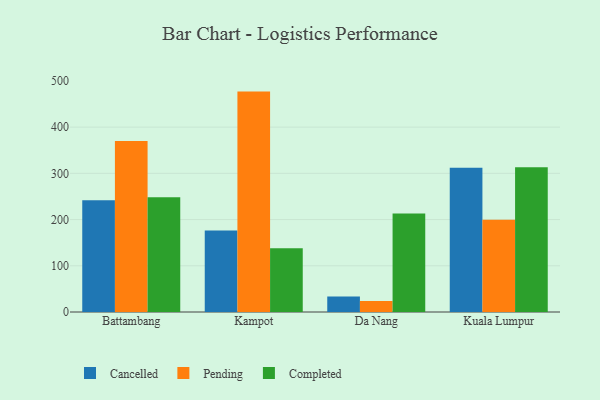
{"axis": {"x": "City", "y": "Budget (USD K)"}, "legend": ["Cancelled", "Completed", "Pending"], "data": [{"x": "Battambang", "y": 241.7, "type": "Cancelled"}, {"x": "Battambang", "y": 370.1, "type": "Pending"}, {"x": "Battambang", "y": 248.4, "type": "Completed"}, {"x": "Kampot", "y": 176.4, "type": "Cancelled"}, {"x": "Kampot", "y": 476.9, "type": "Pending"}, {"x": "Kampot", "y": 137.8, "type": "Completed"}, {"x": "Da Nang", "y": 33.8, "type": "Cancelled"}, {"x": "Da Nang", "y": 23.9, "type": "Pending"}, {"x": "Da Nang", "y": 213.2, "type": "Completed"}, {"x": "Kuala Lumpur", "y": 312.0, "type": "Cancelled"}, {"x": "Kuala Lumpur", "y": 199.5, "type": "Pending"}, {"x": "Kuala Lumpur", "y": 313.3, "type": "Completed"}]}